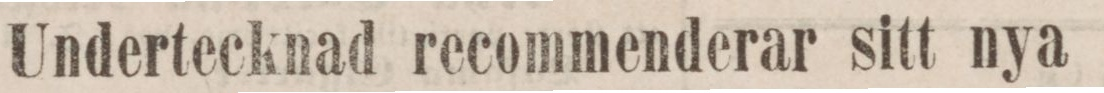
Undertecknad recommenderar sitt nya